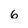
Character: 6